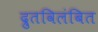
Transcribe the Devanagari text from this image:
द्रुतविलंबित